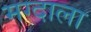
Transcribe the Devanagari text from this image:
मग्दाला